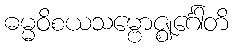
ဓမ္မဝိစယသမ္ဗောဇ္ဈင်္ဂေါတိ